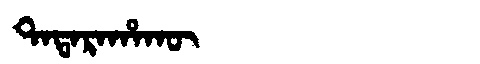
Manchu: ᡨᠠᡨᠠᡵᠠᡥᠠᡴᡡ
Romanization: TATARAHAKŪ